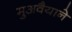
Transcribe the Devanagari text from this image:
मुअवैयाने